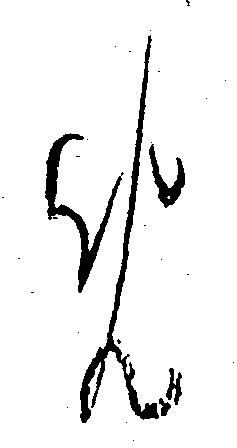
め